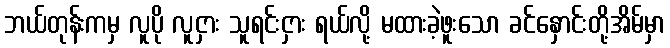
ဘယ်တုန်းကမှ လူပို လူငှား သူရင်းငှား ရယ်လို့ မထားခဲ့ဖူးသော ခင်နှောင်းတို့အိမ်မှာ